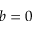
b = 0